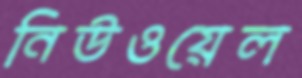
নিউওয়েল